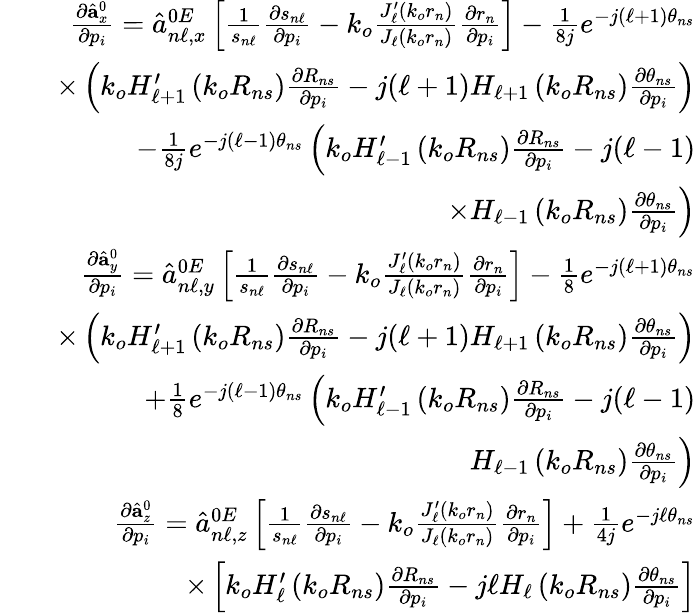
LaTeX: \begin{array}{rlr}&{}&{\frac{\partial\hat{\mathbf{a}}_{x}^{0}}{\partial p_{i}}=\hat{a}_{n\ell,x}^{0E}\left[\frac{1}{s_{n\ell}}\frac{\partial s_{n\ell}}{\partial p_{i}}-k_{o}\frac{J_{\ell}^{\prime}\left(k_{o}r_{n}\right)}{J_{\ell}\left(k_{o}r_{n}\right)}\frac{\partial r_{n}}{\partial p_{i}}\right]-\frac{1}{8j}e^{-j(\ell+1)\theta_{ns}}}\\ &{}&{\times\left(k_{o}H_{\ell+1}^{\prime}\left(k_{o}R_{ns}\right)\frac{\partial R_{ns}}{\partial p_{i}}-j(\ell+1)H_{\ell+1}\left(k_{o}R_{ns}\right)\frac{\partial\theta_{ns}}{\partial p_{i}}\right)}\\ &{}&{-\frac{1}{8j}e^{-j(\ell-1)\theta_{ns}}\left(k_{o}H_{\ell-1}^{\prime}\left(k_{o}R_{ns}\right)\frac{\partial R_{ns}}{\partial p_{i}}-j(\ell-1)\right.}\\ &{}&{\left.\times H_{\ell-1}\left(k_{o}R_{ns}\right)\frac{\partial\theta_{ns}}{\partial p_{i}}\right)}\\ &{}&{\frac{\partial\hat{\mathbf{a}}_{y}^{0}}{\partial p_{i}}=\hat{a}_{n\ell,y}^{0E}\left[\frac{1}{s_{n\ell}}\frac{\partial s_{n\ell}}{\partial p_{i}}-k_{o}\frac{J_{\ell}^{\prime}\left(k_{o}r_{n}\right)}{J_{\ell}\left(k_{o}r_{n}\right)}\frac{\partial r_{n}}{\partial p_{i}}\right]-\frac{1}{8}e^{-j(\ell+1)\theta_{ns}}}\\ &{}&{\times\left(k_{o}H_{\ell+1}^{\prime}\left(k_{o}R_{ns}\right)\frac{\partial R_{ns}}{\partial p_{i}}-j(\ell+1)H_{\ell+1}\left(k_{o}R_{ns}\right)\frac{\partial\theta_{ns}}{\partial p_{i}}\right)}\\ &{}&{+\frac{1}{8}e^{-j(\ell-1)\theta_{ns}}\left(k_{o}H_{\ell-1}^{\prime}\left(k_{o}R_{ns}\right)\frac{\partial R_{ns}}{\partial p_{i}}-j(\ell-1)\right.}\\ &{}&{\left.H_{\ell-1}\left(k_{o}R_{ns}\right)\frac{\partial\theta_{ns}}{\partial p_{i}}\right)}\\ &{}&{\frac{\partial\hat{\mathbf{a}}_{z}^{0}}{\partial p_{i}}=\hat{a}_{n\ell,z}^{0E}\left[\frac{1}{s_{n\ell}}\frac{\partial s_{n\ell}}{\partial p_{i}}-k_{o}\frac{J_{\ell}^{\prime}\left(k_{o}r_{n}\right)}{J_{\ell}\left(k_{o}r_{n}\right)}\frac{\partial r_{n}}{\partial p_{i}}\right]+\frac{1}{4j}e^{-j\ell\theta_{ns}}}\\ &{}&{\times\left[k_{o}H_{\ell}^{\prime}\left(k_{o}R_{ns}\right)\frac{\partial R_{ns}}{\partial p_{i}}-j\ell H_{\ell}\left(k_{o}R_{ns}\right)\frac{\partial\theta_{ns}}{\partial p_{i}}\right]}\end{array}